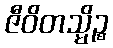
ဇီဝိတသ္မိဉ္စ